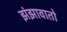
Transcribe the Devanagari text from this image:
झंझावातो